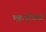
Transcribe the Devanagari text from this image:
महापृथ्वियों